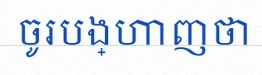
ចូរបង្ហាញថា